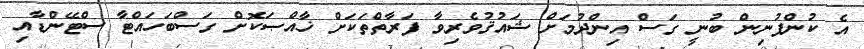
އެ ކުންފުނިން ބުނީ ގަސް އިންދުމަށް ޝައުޤުވެރިވާ ފަރާތްތަކަށް ޚާއްޞަކޮށް ގަސްބަހައްޓާ ސްޓޭންޑާއި